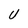
Character: U